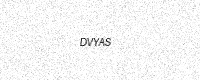
Text: DVYAS